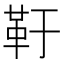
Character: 䩒